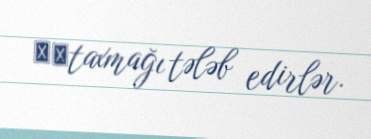
​​taxmağı tələb edirlər.